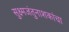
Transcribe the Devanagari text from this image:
सुक्ष्मजंतुनाशकांचा